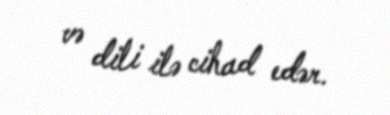
və dili ilə cihad edər.